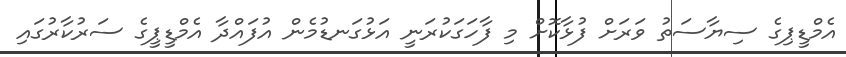
އެމްޑީޕިގެ ސިޔާސަތު ވަރަށް ފުޅާކޮށް މި ފާހަގަކުރަނީ އަޅުގަނޑުމެން އުފައްދާ އެމްޑީޕީގެ ސަރުކާރުގައި